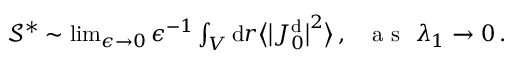
\begin{array} { r } { \mathcal { S } ^ { * } \sim \operatorname* { l i m } _ { \epsilon \rightarrow 0 } \epsilon ^ { - 1 } \int _ { V } \mathrm { d } \boldsymbol { r } \big \langle \big \vert J _ { 0 } ^ { \mathrm { d } } \big \vert ^ { 2 } \big \rangle \, , ~ ~ \mathrm { ~ a ~ s ~ } ~ \lambda _ { 1 } \rightarrow 0 \, . } \end{array}